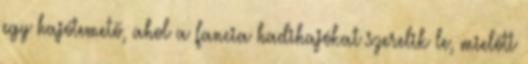
egy hajótemető, ahol a fancia hadihajókat szerelik le, mielőtt